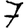
Digit: 7